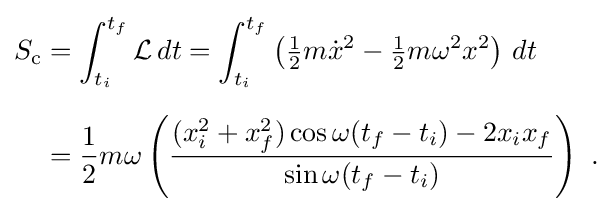
{\begin{aligned}S_{\text{c}}&=\int _{t_{i}}^{t_{f}}{\mathcal {L}}\,dt=\int _{t_{i}}^{t_{f}}\left({\tfrac {1}{2}}m{\dot {x}}^{2}-{\tfrac {1}{2}}m\omega ^{2}x^{2}\right)\,dt\\[6pt]&={\frac {1}{2}}m\omega \left({\frac {(x_{i}^{2}+x_{f}^{2})\cos \omega (t_{f}-t_{i})-2x_{i}x_{f}}{\sin \omega (t_{f}-t_{i})}}\right)~.\end{aligned}}